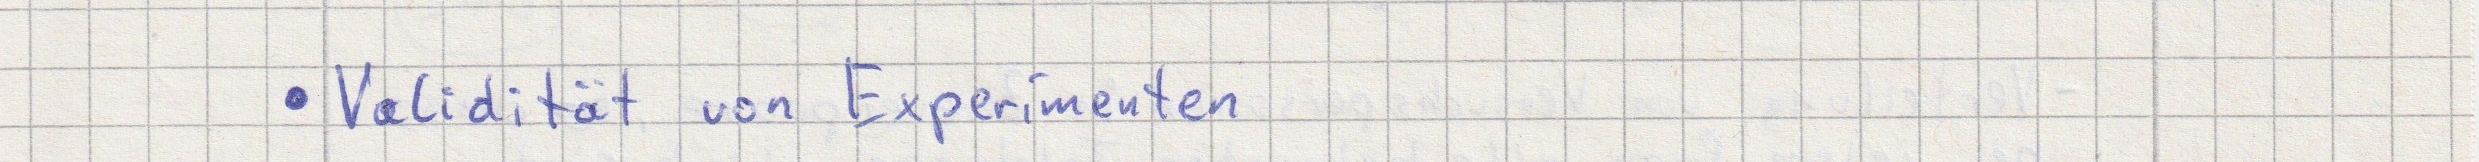
- Validität von Experimenten